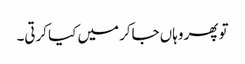
تو پھر وہاں جاکر میں کیا کرتی۔